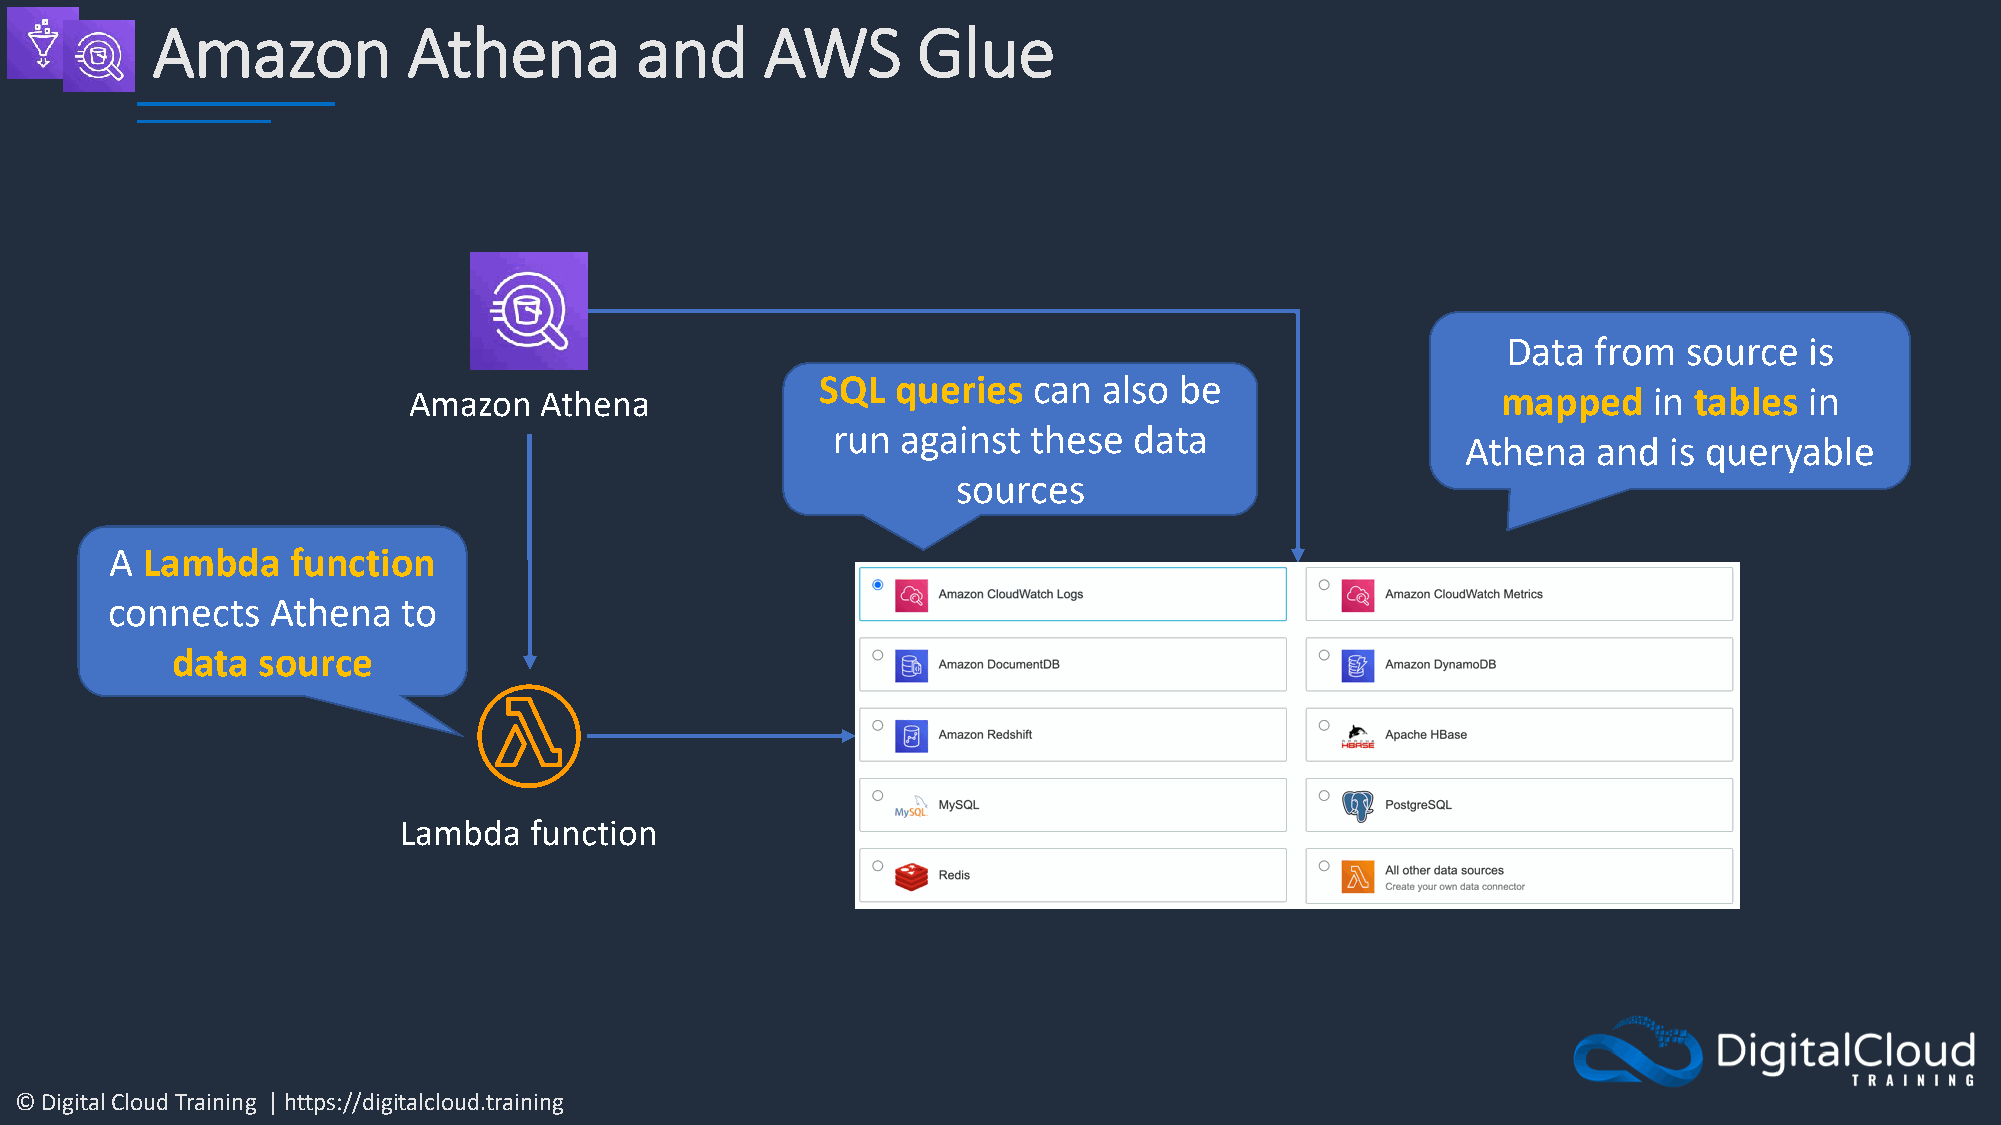
Amazon           Athena         and      AWS       Glue
 Data  from  source  is
 SQL  queries  can  also be
 Amazon   Athena                                                         mapped    in tables  in
 run  against these  data
 Athena   and is queryable
 sources
 A Lambda    function
 connects   Athena   to
 data  source
 Lambda   function
 © Digital Cloud Training | https://digitalcloud.training